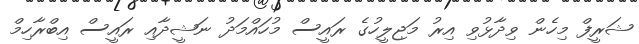
ޝަރީފް މިހެން ވިދާޅުވި އިރު މަޖިލީހުގެ ރައީސް މުހައްމަދު ނަޝީދާއި ރައީސް އިބްރާހިމް